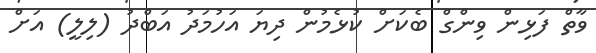
ވާތް ފަޅިން ވިންގް ބެކަށް ކުޅެމުން ދިޔަ އަހުމަދު އަބްދު (ލިލީ) އަށް